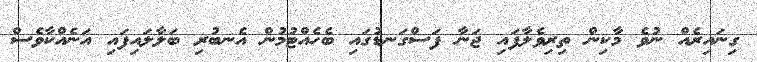
ގިނައިރެއް ނުވެ މާކިން ތިރިވެލާފައި ޖަނާ ފަސްގަނޑުގައި ބެހެއްޓުމުން އެނބުރި ބަލާލައިފައި އަނެއްކާވެސް